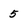
Character: 5